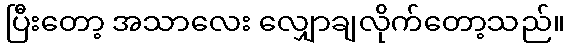
ပြီးတော့ အသာလေး လျှောချလိုက်တော့သည်။